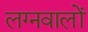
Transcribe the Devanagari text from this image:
लग्नवालों